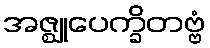
အဇ္ဈုပေက္ခိတဗ္ဗံ